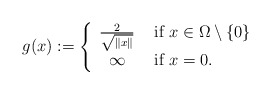
\begin{align*}g(x):=\left\{\begin{array}{cl} \frac{2}{\sqrt{\Vert x\Vert}} & \mbox{ if }x\in \Omega\setminus\{0\} \\ \infty & \mbox{ if }x=0.\end{array}\right.\end{align*}